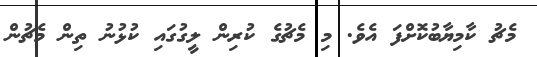
މެޗު ކާމިޔާބުކޮށްފަ އެވެ. މި މެޗުގެ ކުރިން ލީގުގައި ކުޅުނު ތިން މެޗުން